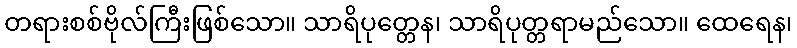
တရားစစ်ဗိုလ်ကြီးဖြစ်သော။ သာရိပုတ္တေန၊ သာရိပုတ္တရာမည်သော။ ထေရေန၊